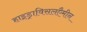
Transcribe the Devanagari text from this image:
हाइड्राविसलएैमीन